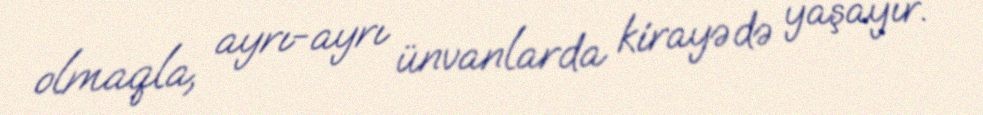
olmaqla, ayrı-ayrı ünvanlarda kirayədə yaşayır.